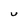
Character: U